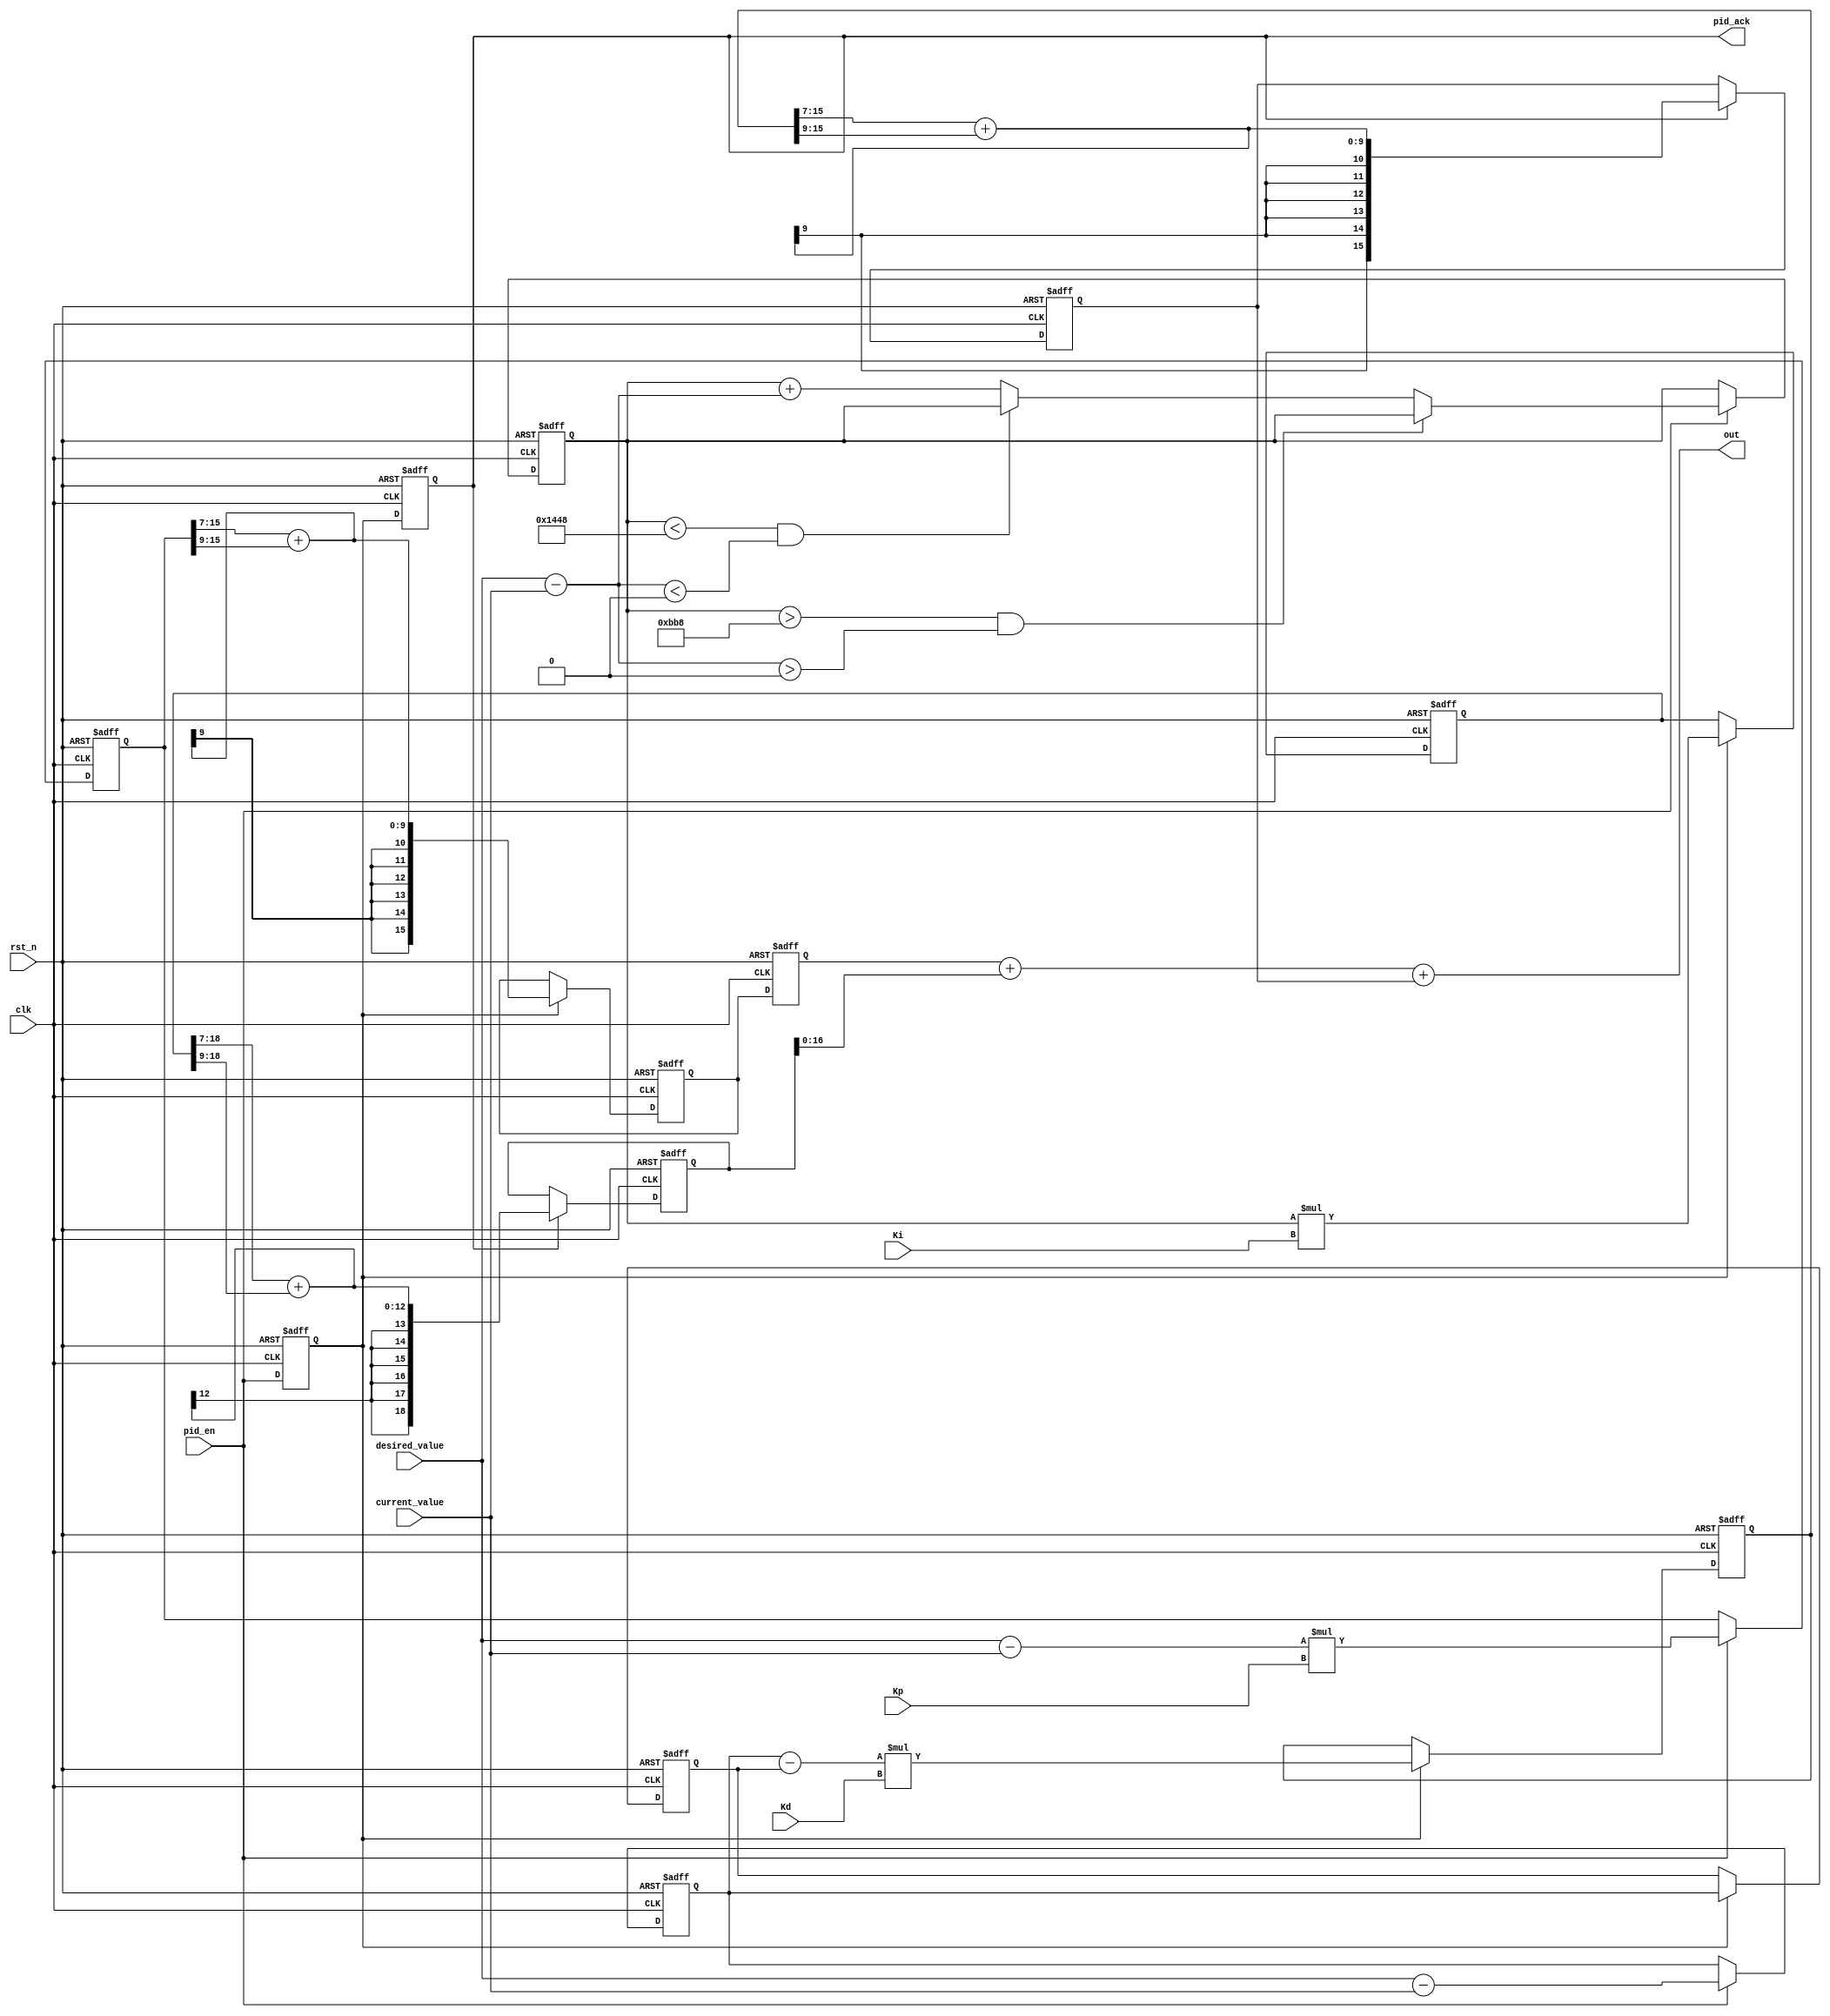
`timescale 1ns / 1ps
//////////////////////////////////////////////////////////////////////////////////
// Company: 
// Engineer: 
// 
// Design Name: 
// Module Name: PID_Control
// Project Name: 
// Target Devices: 
// Tool Versions: 
// Description: 
// 
// Dependencies: 
// 
// Revision:
// Revision 0.01 - File Created
// Additional Comments:
// 
//////////////////////////////////////////////////////////////////////////////////


module pid_ctrl(
    input           clk,
    input           rst_n,

    input           pid_en,
    output          pid_ack,

    input signed [15:0] desired_value,
    input signed [15:0] current_value,

    //mul 100
    input[7:0]         Kp,
    input[7:0]         Ki,
    input[7:0]         Kd,

    output signed[16:0] out
);

reg cal_delay_0;
reg cal_delay_1;

reg signed[15:0]    Kp_fb;
reg signed[15:0]    Kp_fb_reduce;
reg signed[15:0]    Kp_fb_reduce_d0;

reg signed[18:0]    Ki_integral;
reg signed[18:0]    Ki_fb;
reg signed[18:0]    Ki_fb_reduce;

reg signed[15:0]    Kd_error;
reg signed[15:0]    Kd_last_error;
reg signed[15:0]    Kd_fb;
reg signed[15:0]    Kd_fb_reduce;
reg signed[15:0]    Kd_fb_reduce_d0;

assign pid_ack = cal_delay_1;

assign out = Kp_fb_reduce_d0 + Ki_fb_reduce + Kd_fb_reduce;


always@(posedge clk or negedge rst_n)
begin
    if( rst_n == 1'b0 )
    begin
        cal_delay_0 <= 1'b0;
        cal_delay_1 <= 1'b0;
    end
    else begin
        cal_delay_0 <= pid_en;
        cal_delay_1 <= cal_delay_0;
    end

end

//P -------------------------------------------------
always@(posedge clk or negedge rst_n)
begin
    if( rst_n == 1'b0)
        Kp_fb <= 1'b0;
    else if( pid_en == 1'b1)
        Kp_fb <= ( desired_value - current_value ) * Kp;
    else
        Kp_fb <= Kp_fb;
end

always@(posedge clk or negedge rst_n)
begin
    if( rst_n == 1'b0)
        Kp_fb_reduce <= 'd0;
    else if( cal_delay_0 == 1'b1)
        Kp_fb_reduce <= (Kp_fb >>> 7) + (Kp_fb >>> 9); // /102.4
    else
        Kp_fb_reduce <= Kp_fb_reduce;
end

always@(posedge clk or negedge rst_n)
begin
    if( rst_n == 1'b0)
        Kp_fb_reduce_d0 <= 'd0;
    else if( cal_delay_1 == 1'b1)
        Kp_fb_reduce_d0 <= Kp_fb_reduce;
    else
        Kp_fb_reduce_d0 <= Kp_fb_reduce;

end
//------------------------------------------------------------------------------------

//I --------------------------------------------------------
always@(posedge clk or negedge rst_n)
begin
    if( rst_n == 1'b0)
        Ki_integral <= 'd0;
    else if( pid_en == 1'b1)
        if( Ki_integral > $signed('d3000) && ( desired_value - current_value ) > $signed('d0) )
            Ki_integral <= Ki_integral;
        else if( Ki_integral < $signed(-'d3000) && ( desired_value - current_value ) < $signed('d0) )
            Ki_integral <= Ki_integral;
        else
            Ki_integral <= Ki_integral + ( desired_value - current_value );
    else
        Ki_integral <= Ki_integral;
end


always@(posedge clk or negedge rst_n)
begin
    if( rst_n == 1'b0 )
        Ki_fb <= 'd0;
    else if( cal_delay_0 == 1'b1 )
        Ki_fb <= Ki_integral * Ki;
    else
        Ki_fb <= Ki_fb;
end

always@(posedge clk or negedge rst_n)
begin
    if( rst_n == 1'b0 )
        Ki_fb_reduce <= 'd0;
    else if( cal_delay_1 == 1'b1)
        Ki_fb_reduce <= (Ki_fb >>> 7) + (Ki_fb >>> 9); // /102.4
    else
        Ki_fb_reduce <= Ki_fb_reduce;
end

//------------------------------------------------------------------------------


//D    ---------------------------
always@(posedge clk or negedge rst_n)
begin
    if( rst_n == 1'b0)
        Kd_error <= 'd0;
    else if( pid_en == 1'b1)
        Kd_error <= ( desired_value - current_value );
    else
        Kd_error <= Kd_error;
end

always@(posedge clk or negedge rst_n)
begin
    if( rst_n == 1'b0)
        Kd_fb <= 'd0;
    else if( cal_delay_0 == 1'b1)
        Kd_fb <= (Kd_error - Kd_last_error) * Kd;
    else
        Kd_fb <= Kd_fb;
end


always@(posedge clk or negedge rst_n)
begin
    if( rst_n == 1'b0)
        Kd_last_error <= 'd0;
    else if( cal_delay_0 == 1'b1)
        Kd_last_error <= Kd_error;
    else
        Kd_last_error <= Kd_last_error;
end

always@(posedge clk or negedge rst_n)
begin
    if( rst_n == 1'b0)
        Kd_fb_reduce <= 'd0;
    else if( cal_delay_1 == 1'b1)
        Kd_fb_reduce <= (Kd_fb >>> 7) + (Kd_fb >>> 9); // /102.4
    else
        Kd_fb_reduce <= Kd_fb_reduce;
end
//--------------------------------
endmodule